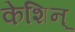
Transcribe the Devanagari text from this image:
केशिन्